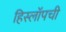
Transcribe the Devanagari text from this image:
हिस्लॉपची